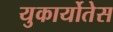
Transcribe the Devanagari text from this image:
युकार्योतेस